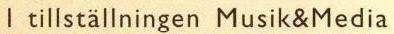
I tillställningen Musik&Media